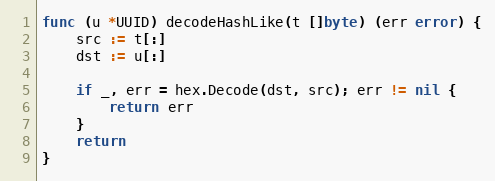
Language: Go
func (u *UUID) decodeHashLike(t []byte) (err error) {
	src := t[:]
	dst := u[:]

	if _, err = hex.Decode(dst, src); err != nil {
		return err
	}
	return
}